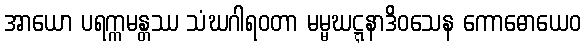
အာယော ပရက္ကမန္တဿ သံဃဂါရဝတာ မမ္မဃဋ္ဋနာဒိဝသေန ကောဓောယေဝ